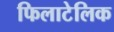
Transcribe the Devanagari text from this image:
फिलाटेलिक